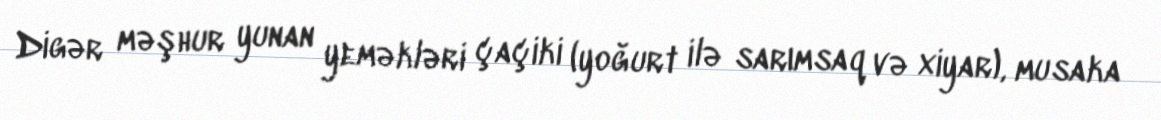
Digər məşhur yunan yeməkləri çaçiki (yoğurt ilə sarımsaq və xiyar), musaka